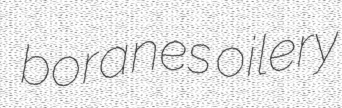
boranes oilery